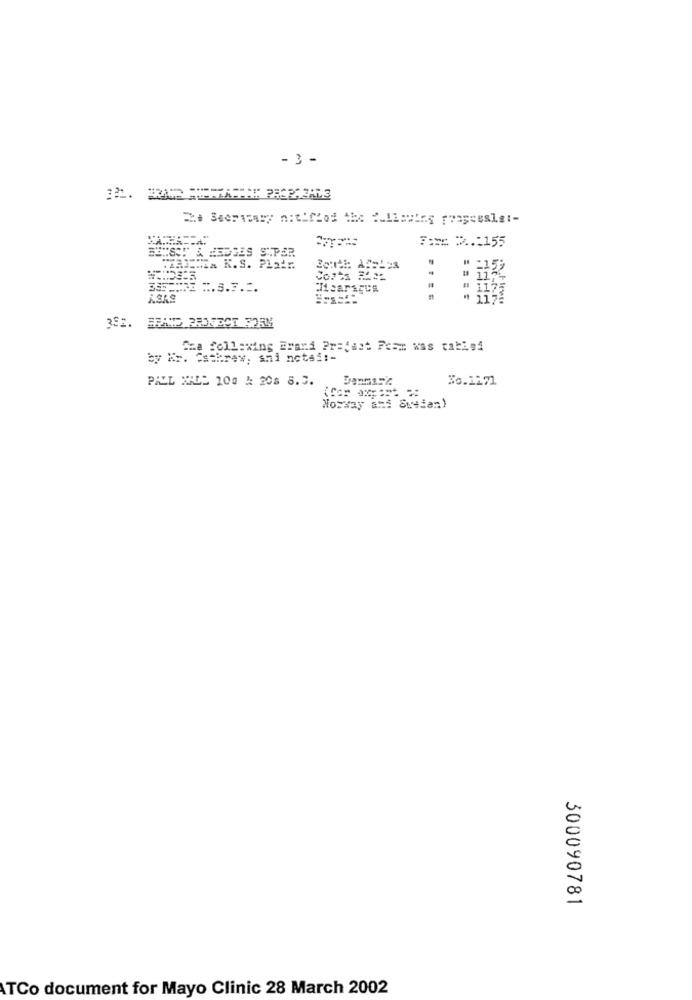
- 3 -
==== =.= 155
" & HEDGES S'PER
WZAJEMLa K.S. Plair.
" 2159
# 117-
3351:32 :. 3.7.2.
# 1175
1172
The following Erand Prefast Fear was table4
by Kr. "athrew, ami notsit-
PALL MALL 100 & 208 8.5.
30.1171
Norway ans Sweian)
300090781
ATCo document for Mayo Clinic 28 March 2002